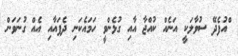
ްއުފެދޭ ސުވާލަކީ އަނެއް ކުއްޖާ އާއި ގުޅެންވީ ހަމައެކަނި ދެފައާއި އެއް ގުނަވަން